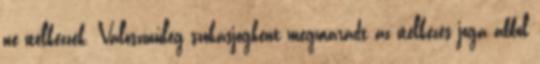
ne ítélkezzék. Valószínűleg szokásjogként megmaradt az ítélkezés joga abból